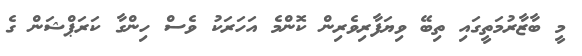
މީ ބާޒާރުމަތީގައި ތިބޭ ވިޔަފާރިވެރިން ކޮންމެ އަހަރަކު ވެސް ހިންގާ ކަރަޕްޝަން ގެ